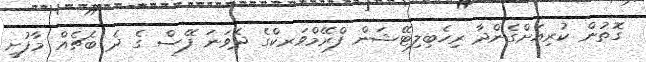
ގޮތުން ކުރިއަށްގެންދާ ރިހެބިލިޓޭޝަން ފްރޭމްވަރކްގެ ދެވަނަ ފޭސް ގެ ދެ ބެޗެއް މާފުށީ